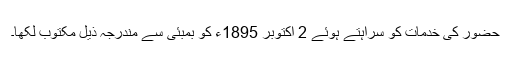
حضور کی خدمات کو سراہتے ہوئے 2 اکتوبر 1895ء کو بمبئی سے مندرجہ ذیل مکتوب لکھا۔